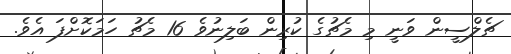
ޗެލްސީން ވަނީ މި މެޗުގެ ކުރިން ބަލިނުވެ 16 މެޗު ހަމަކޮށްފަ އެވެ.